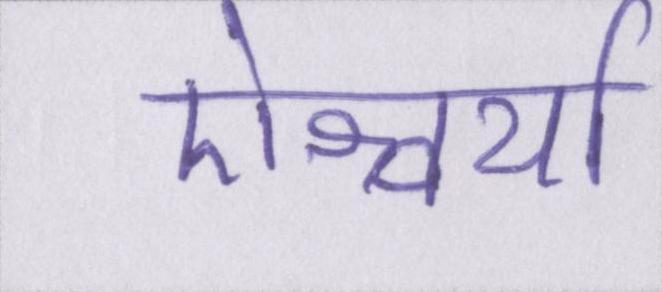
ऐश्वर्या